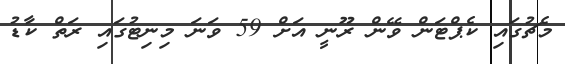
މެޗުގައި ކެޕްޓަން ވޭން ރޫނީ އަށް 59 ވަނަ މިނިޓުގައި ރަތް ކާޑު